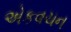
એકવચન